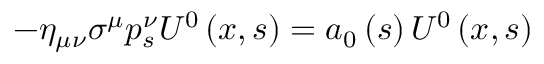
- \eta _ { \mu \nu } \sigma ^ { \mu } p _ { s } ^ { \nu } U ^ { 0 } \left( x , s \right) = a _ { 0 } \left( s \right) U ^ { 0 } \left( x , s \right)